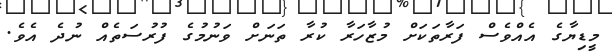
މީޑިޔާގެ އެއްވެސް ފަރާތަކަށް މުޒާހަރާ ކުރާ ތަނަށް ވަނުމުގެ ފުރުސަތެއް ނުދެ އެވެ.